画像に写った文字を読んでください
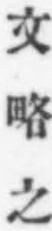
「文略之」と書いてあります